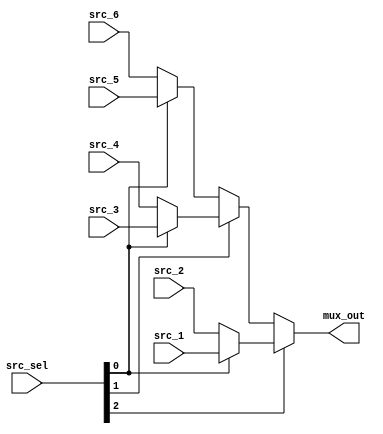
`timescale 1ns / 1ps

module mux_6to1(src_1, src_2, src_3,src_4,src_5,src_6,src_sel,
  
                mux_out  
    );
    
input[7:0] src_1, src_2, src_3, src_4,src_5,src_6;
input[2:0] src_sel;
  
output wire[7:0] mux_out;    
    
assign mux_out = src_sel[2] ? (src_sel[0] ? src_1 : src_2) : (src_sel[1] ? (src_sel[0] ? src_3 : src_4) : (src_sel[0] ? src_5 : src_6));   
 
endmodule